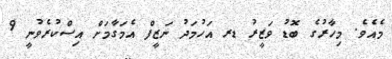
މެއެވެ. މިހާރުގެ ބޮޑު ވަޒީރު ޑރ އަހުމަދު ނަޒީފް އެމަގާމަށް އިސްކުރެވުނީ 9